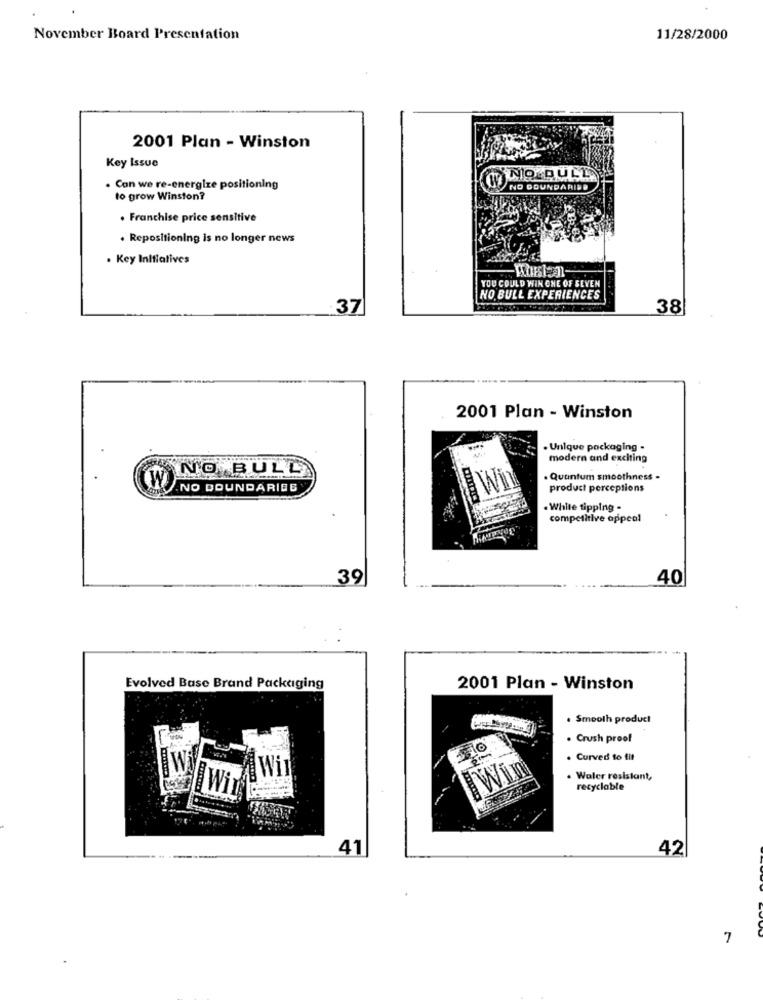
November Board Presentation
11/28/2000
2001 Plan - Winston
Key Issue
NO BULL
. Con we re-energize positioning
NO OOUNDARIDE
to grow Winston?
. Franchise price sensitive
. Repositioning is no longer news
. Key Initiatives
YOU COULD WIN CHE OF SEVEN
NO BULL EXPERIENCES
37
38
2001 Plan - Winston
· Unique packaging -
modern and exciting
NO BULL
W
. Quantum smoothness .
/.NO BOUNDARIES
product perceptions
. White tipping -
competitive appeal
39
40
Evolved Base Brand Packaging
2001 Plan - Winston
. Smooth product
. Crush proof
. Curved to fit
Win
· Waler resistant,
recyclable
41
42
7